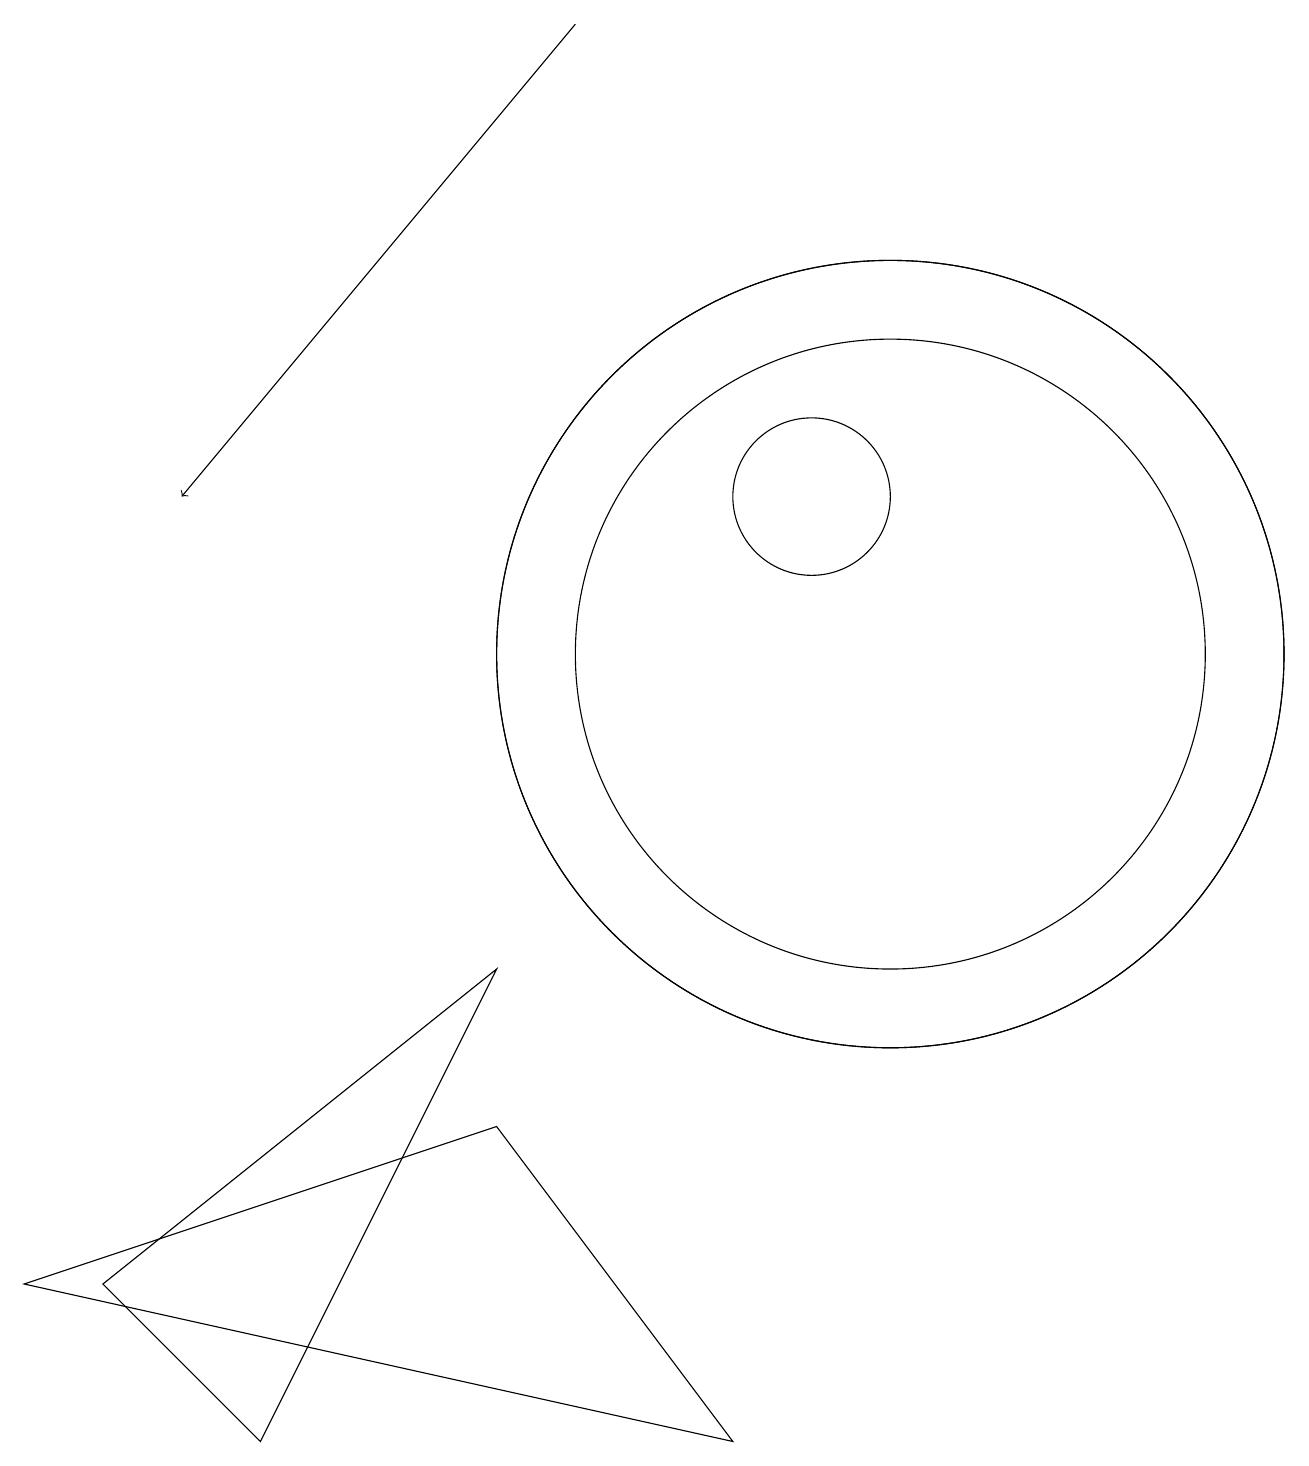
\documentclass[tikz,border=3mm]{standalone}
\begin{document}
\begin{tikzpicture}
\draw (3,0) -- (1,2) -- (6,6) -- cycle;
\draw (6,4) -- (0,2) -- (9,0) -- cycle;
\draw (10,12) circle (1);
\draw (11,10) circle (4);
\draw (11,10) circle (5);
\draw[->] (7,18) -- (2,12);
\draw (11,10) circle (5);
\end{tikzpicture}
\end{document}